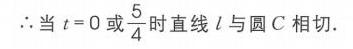
\(\therefore\)当\(t = 0\)或\(\frac{5}{4}\)时直线\(l\)与圆\(C\)相切.